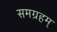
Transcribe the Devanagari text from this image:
समग्रहम्